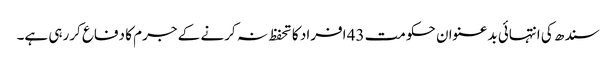
سندھ کی انتہائی بدعنوان حکومت 43 افراد کا تحفظ نہ کرنے کے جرم کا دفاع کررہی ہے۔